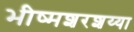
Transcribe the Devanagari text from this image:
भीष्मशरशय्या